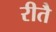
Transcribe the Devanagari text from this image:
रीतै